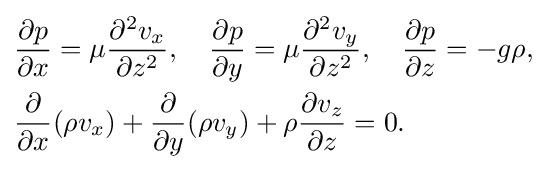
{\begin{aligned}&{\frac {\partial p}{\partial x}}=\mu {\frac {\partial ^{2}v_{x}}{\partial z^{2}}},\quad {\frac {\partial p}{\partial y}}=\mu {\frac {\partial ^{2}v_{y}}{\partial z^{2}}},\quad {\frac {\partial p}{\partial z}}=-g\rho ,\\&{\frac {\partial }{\partial x}}(\rho v_{x})+{\frac {\partial }{\partial y}}(\rho v_{y})+\rho {\frac {\partial v_{z}}{\partial z}}=0.\end{aligned}}